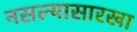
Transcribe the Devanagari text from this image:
नसल्यासारखा